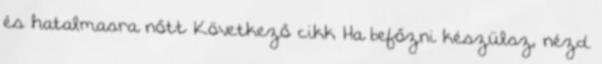
és hatalmasra nőtt Következő cikk Ha befőzni készülsz, nézd